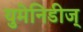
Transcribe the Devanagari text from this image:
युमेनिडीज्‌